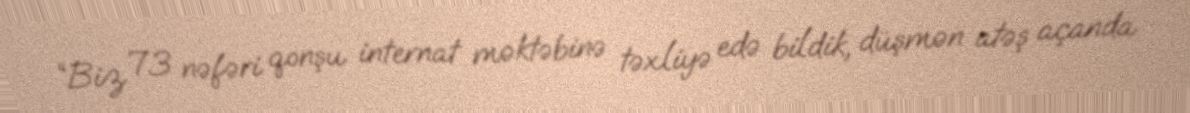
“Biz 73 nəfəri qonşu internat məktəbinə təxliyə edə bildik, düşmən atəş açanda